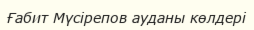
Ғабит Мүсірепов ауданы көлдері